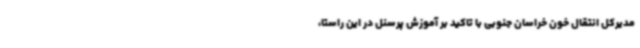
مدیرکل انتقال خون خراسان جنوبی با تاکید بر آموزش پرسنل در این راستا،